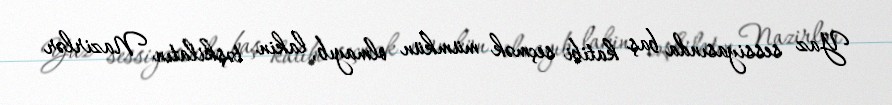
Yaz sessiyasında baş katibi seçmək mümkün olmayıb, lakin təşkilatın Nazirlər